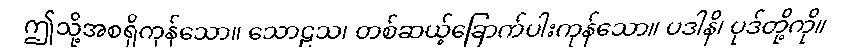
ဤသို့အစရှိကုန်သော။ သောဠသ၊ တစ်ဆယ့်ခြောက်ပါးကုန်သော။ ပဒါနိ၊ ပုဒ်တို့ကို။